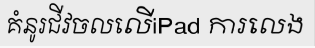
គំនូរជីវចលលើiPad ការលេង